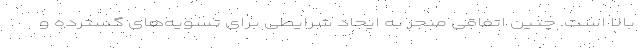
بالا است. چنین اتفاقی منجر به ایجاد شرایطی برای تسویه‌های گسترده و